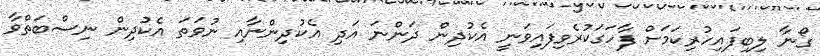
ގޯނާ ލިބިފައިހުރިކަމަށް ފާހަގަކުރެވިފައިވަނީ އެކުދިން ދަންނަ އަދި އެކުދިންނާއި ނުވަތަ އެކުދިން ނިސްބަތްވާ